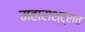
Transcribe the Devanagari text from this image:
महाराश्ट्रात